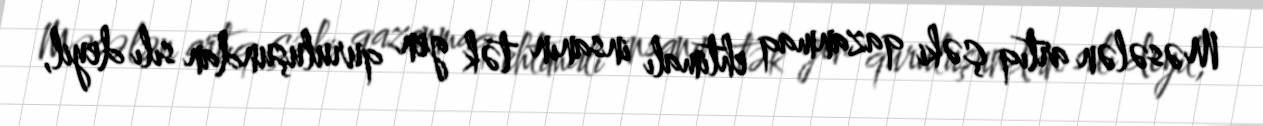
Məsələn artıq çəki qazanmaq ehtimalı insanın tək gen quruluşundan sılı deyil,